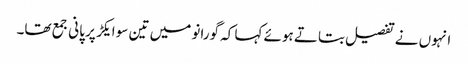
انہوں نے تفصیل بتاتے ہوئے کہا کہ گورانو میں تین سو ایکڑ پر پانی جمع تھا۔